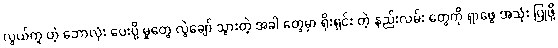
လွယ်ကူ တဲ့ ဘောလုံး ပေးပို့ မှုတွေ လွဲချော် သွားတဲ့ အခါ တွေမှာ ရိုးရှင်း တဲ့ နည်းလမ်း တွေကို ရှာဖွေ အသုံး ပြုဖို့